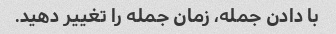
با دادن جمله، زمان جمله را تغییر دهید.